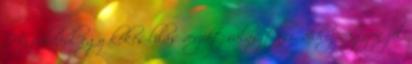
Ha például egy kékes-lilás verziót választasz, ahhoz nagyon jól